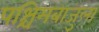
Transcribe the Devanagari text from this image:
पश्चिमबाजुला